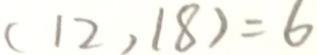
( 1 2 , 1 8 ) = 6